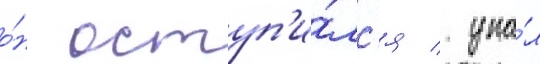
о́н оступ'и́лс'я / упа́л